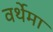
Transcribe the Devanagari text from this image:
वर्थेमा